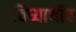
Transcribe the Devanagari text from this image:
विध्यार्थीच